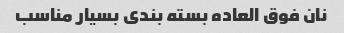
نان فوق العاده بسته بندی بسیار مناسب